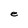
Character: e